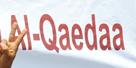
al-qaedaa